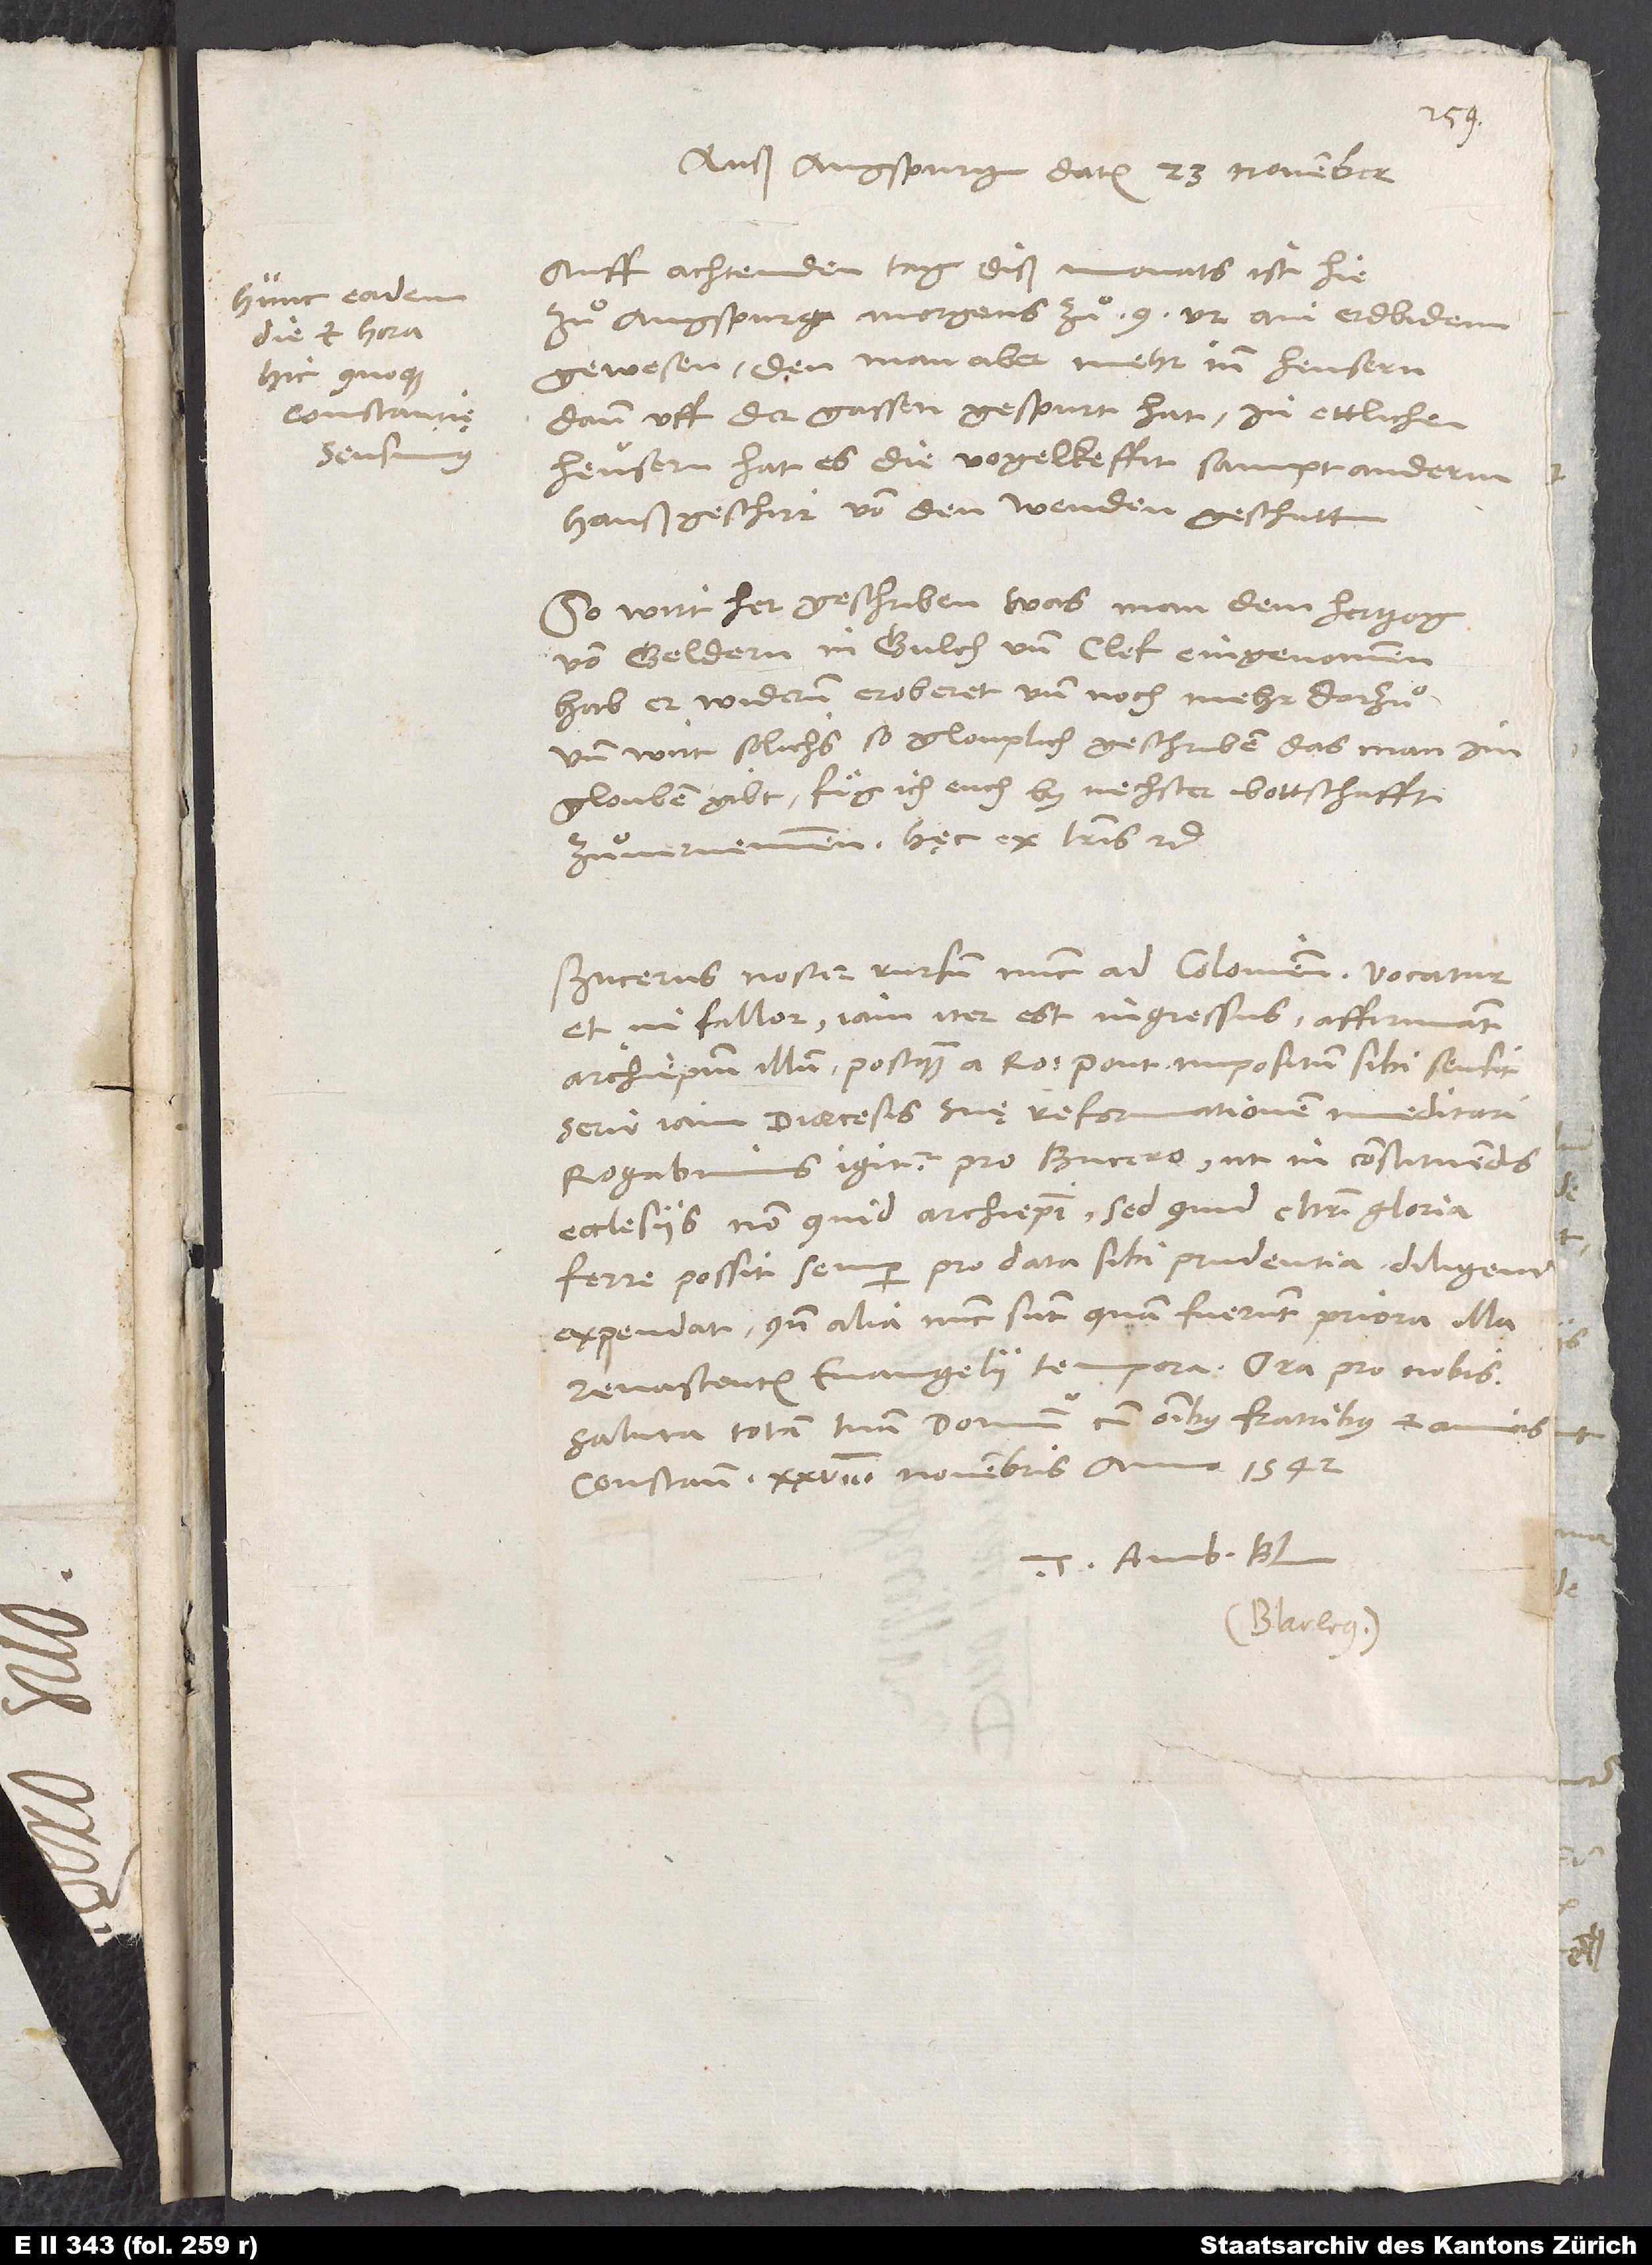
Hunc eadem
die et hora
hic quoque
Constantię
sentimus.

Auß Augspurg, datum 23. november.
achtenden tag diß monats ist hie
zuͦ Augspurg morgens zuͦ 9 ur ain erdbidem
gewesen, den man aber mehr in heusern
dann uff der gassen gespurt hat; in ettlichen
heusern hat es die vogelkeffit sampt anderm
haußgeschirr von den wenden geschutt.
So wirt her geschriben, was man dem hertzog
von Geldern in Gulch und Clef eingenommen,
hab er widerum erobert und noch mehr darzuͦ.
Und wirt solichs so glouplich geschriben, das man im
glouben gibt. Fuͤg ich euch by nechster bottschafft
zuͦvernemmen. Hęc ex literis etc.
Bucerus noster rursum nunc ad Coloniensem vocatur
et, ni fallor, iam iter est ingressus. Affirmant
archiepiscopum illum, postquam a Romano pontifice impositum sibi sensit,
serio iam dioecesis suę reformationem meditari.
Rogabimus igitur pro Bucero, ut in constituendis
ecclesiis non quid archiepiscopi, sed quid Christi gloria
ferre possit, semper pro data sibi prudentia diligenter
expendat, quando alia nunc sunt, quam fuerunt priora illa
renascentis evangelii tempora. Ora pro nobis.
Saluta totam tuam domum cum omnibus fratribus et amicis.
Constantiae, 28. novembris anno 1542.
Tuus Amb. Bl.